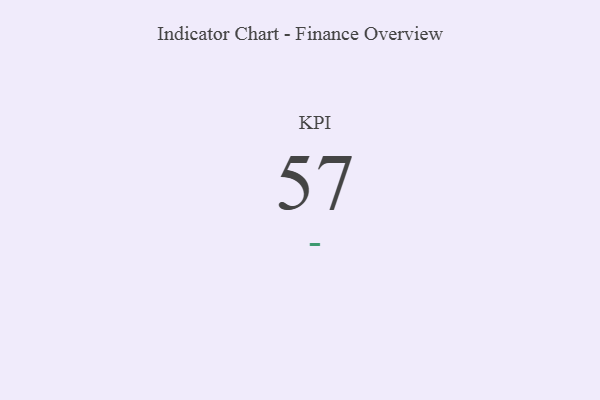
{"axis": {"x": "KPI", "y": "Value"}, "legend": [""], "data": [{"x": "KPI", "y": 57, "type": ""}]}